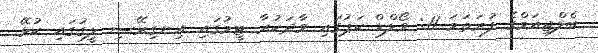
ބެލްޖިއަމްގެ ފުރަތަަމަ 11: ވޯލްޑް ކަޕުގައި ވާދަކުރާ ޓީމުގައި އިނގިރޭސި ލީގުގައި ކުޅޭ